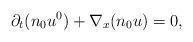
LaTeX: \begin{align*} \partial_t(n_0u^0)+\nabla_x(n_0u)=0,\end{align*}